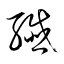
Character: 繊